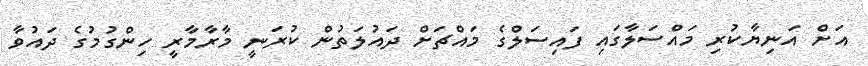
އަށް އަނިޔާކުރި މައްސަލާގައި ފައިސަލްގެ މައްޗަށް ދައުލަތުން ކުރަނީ މާރާމާރީ ހިންގުމުގެ ދައުވާ